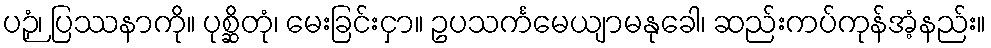
ပဉှံ၊ ပြဿနာကို။ ပုစ္ဆိတုံ၊ မေးခြင်းငှာ။ ဥပသင်္ကမေယျာမနုခေါ၊ ဆည်းကပ်ကုန်အံ့နည်း။